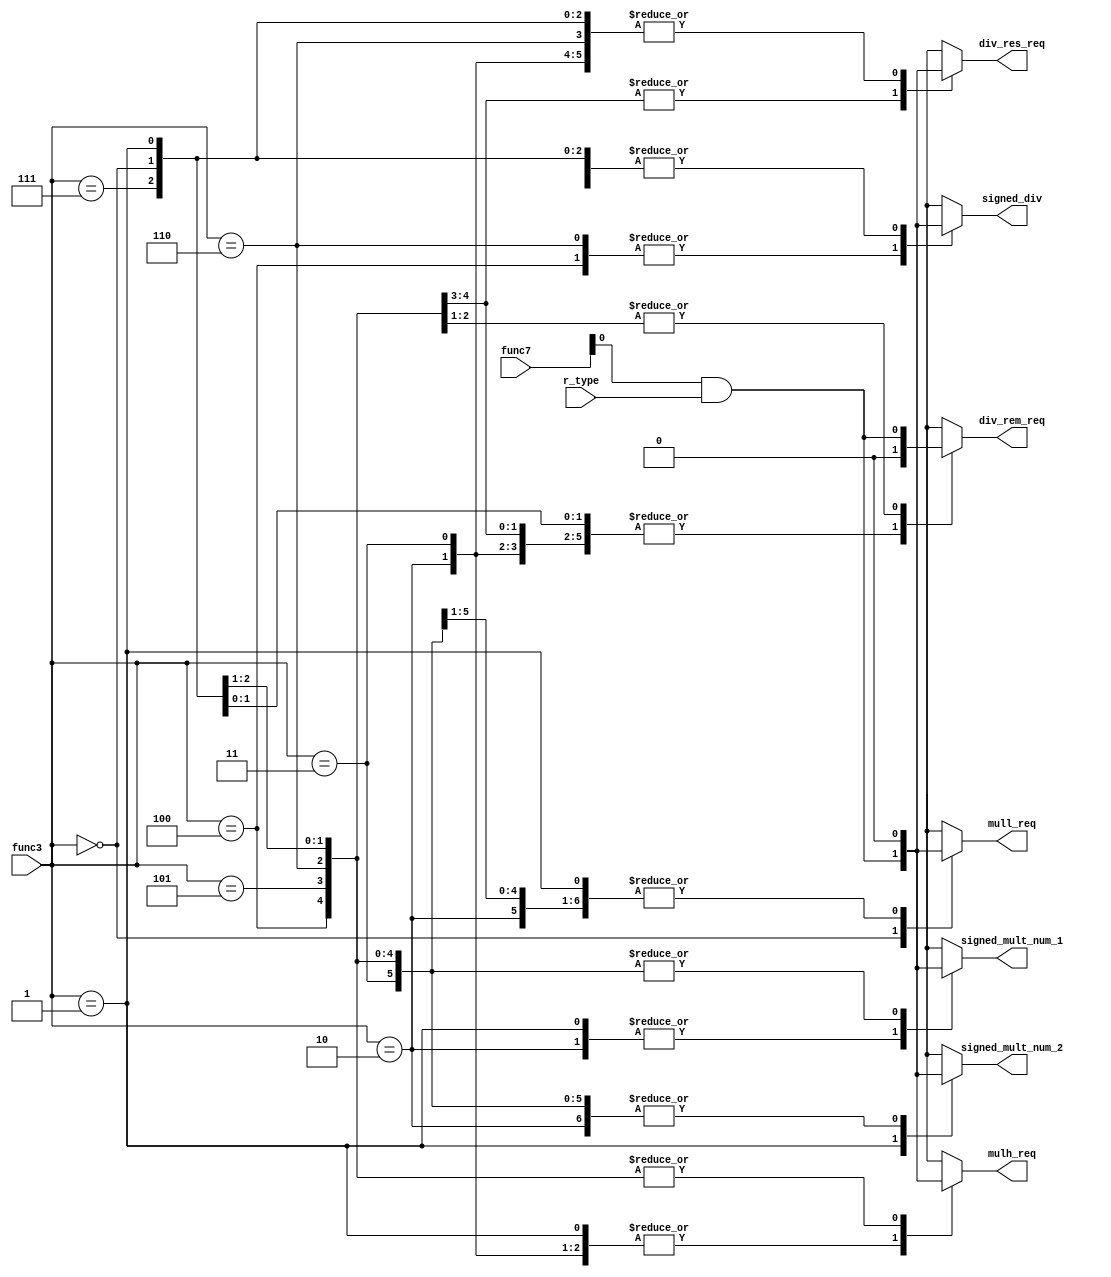
module multdiv_control(
	input r_type,
	input [6:0]func7,
	input [2:0]func3,
	output reg signed_div,	
	output reg signed_mult_num_1,
	output reg signed_mult_num_2,
	output reg div_res_req,
	output reg div_rem_req,
	output reg mull_req,
	output reg mulh_req
);
	wire valid;
	assign valid = func7[0] & r_type;
	
	always@(*)begin
		case(func3)
		      //mul
			3'b000:begin
			signed_div <= 'd0;	
			signed_mult_num_1 <= 'd0;	
			signed_mult_num_2 <= 'd0;	
			div_res_req<= 'd0;
			div_rem_req<= 'd0;
			mull_req <= valid;
			mulh_req <= 'd0;			
			end
			//mulh
			3'b001:begin
			signed_div <= 'd0;	
			signed_mult_num_1 <= valid;	
			signed_mult_num_2 <= valid;	
			div_res_req<= 'd0;
			div_rem_req<= 'd0;
			mull_req <= 'd0;
			mulh_req <= valid;
			end
			//mulhsu
			3'b010:begin
			signed_div <= 'd0;	
			signed_mult_num_1 <= valid;	
			signed_mult_num_2 <= 'd0;	
			div_res_req<= 'd0;
			div_rem_req<= 'd0;
			mull_req <= 'd0;
			mulh_req <= valid;
			end
			//mulhu
			3'b011:begin
			signed_div <= 'd0;	
			signed_mult_num_1 <= 'd0;	
			signed_mult_num_2 <= 'd0;	
			div_res_req<= 'd0;
			div_rem_req<= 'd0;
			mull_req <= 'd0;
			mulh_req <= valid;
			end
			3'b100:begin
			signed_div <= valid;	
			signed_mult_num_1 <= 'd0;	
			signed_mult_num_2 <= 'd0;	
			div_res_req<= valid;
			div_rem_req<= 'd0;
			mull_req <= 'd0;
			mulh_req <= 'd0;
			end
			3'b101:begin
			signed_div <= 'd0;	
			signed_mult_num_1 <= 'd0;	
			signed_mult_num_2 <= 'd0;	
			div_res_req<= valid;
			div_rem_req<= 'd0;
			mull_req <= 'd0;
			mulh_req <= 'd0;
			end
			3'b110:begin
			signed_div <= valid;	
			signed_mult_num_1 <= 'd0;	
			signed_mult_num_2 <= 'd0;	
			div_res_req<= 'd0;
			div_rem_req<= valid;
			mull_req <= 'd0;
			mulh_req <= 'd0;
			end
			3'b111:begin
			signed_div <= 'd0;	
			signed_mult_num_1 <= 'd0;	
			signed_mult_num_2 <= 'd0;	
			div_res_req<= 'd0;
			div_rem_req<= valid;
			mull_req <= 'd0;
			mulh_req <= 'd0;
			end
			default:begin
			signed_div <= 'd0;	
			signed_mult_num_1 <= 'd0;	
			signed_mult_num_2 <= 'd0;	
			div_res_req<= 'd0;
			div_rem_req<= 'd0;
			mull_req <= 'd0;
			mulh_req <= 'd0;
			end
		endcase
	end 

endmodule